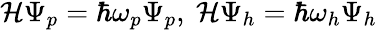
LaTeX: \begin{array}{r}{{\cal H}\Psi_{p}=\hbar\omega_{p}\Psi_{p},~{\cal H}\Psi_{h}=\hbar\omega_{h}\Psi_{h}}\end{array}